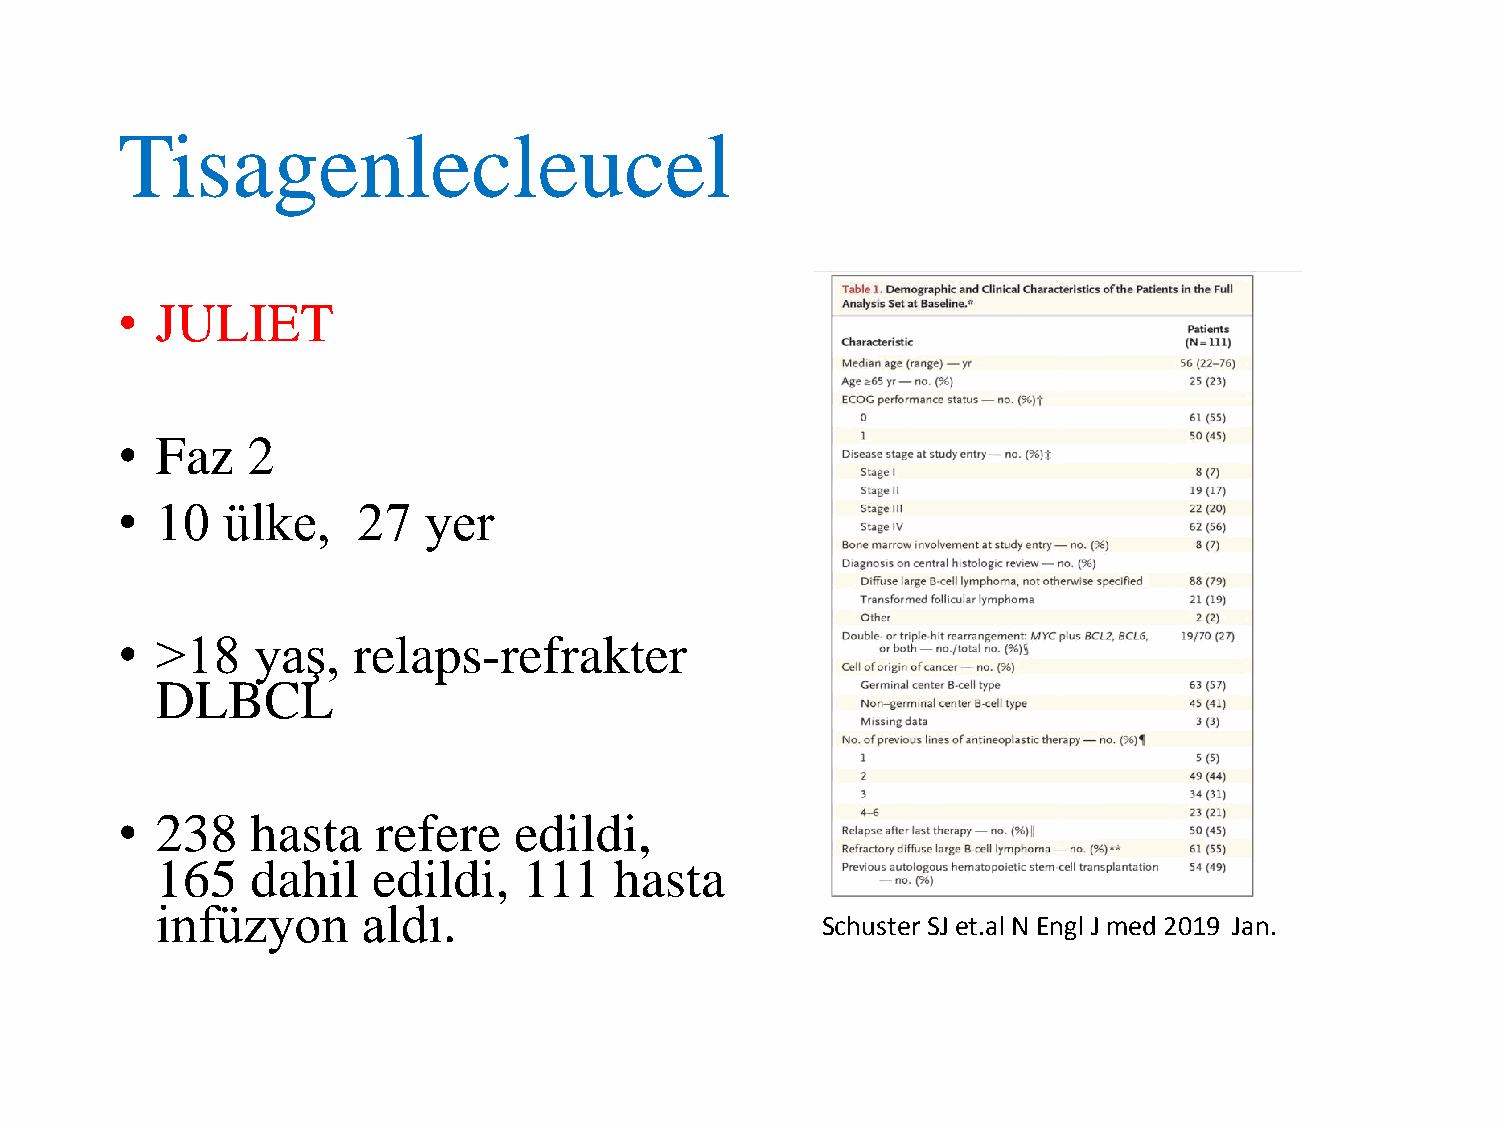
Tisagenlecleucel
 • JULIET
 • Faz   2
 • 10   ülke,    27  yer
 • >18    yaş,  relaps-refrakter
 DLBCL
 • 238    hasta   refere   edildi,
 165    dahil   edildi,   111   hasta
 infüzyon      aldı.
 SchusterSJ et.alN Engl J med2019 Jan.